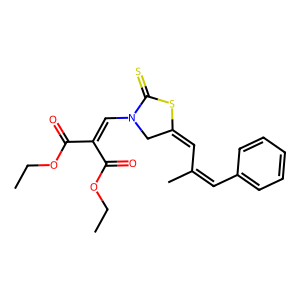
SMILES: CCOC(=O)C(=CN1CC(=CC(C)=Cc2ccccc2)SC1=S)C(=O)OCC
Inhibits HIV replication: No